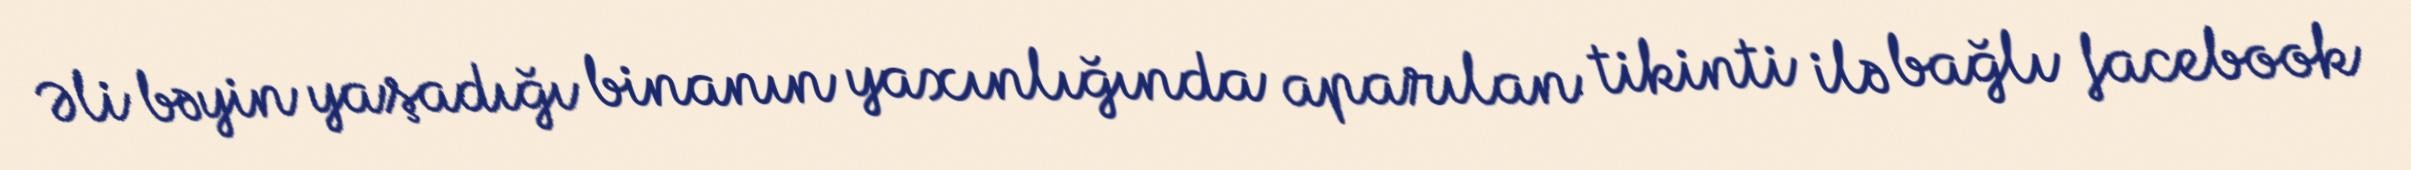
Əli bəyin yaşadığı binanın yaxınlığında aparılan tikinti ilə bağlı facebook